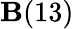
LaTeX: \mathbf{B}(13)